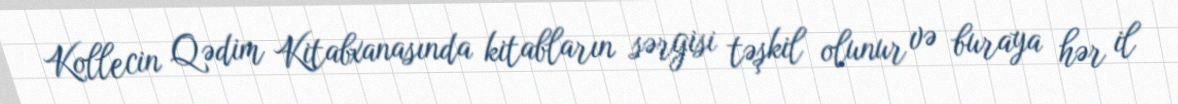
Kollecin Qədim Kitabxanasında kitabların sərgisi təşkil olunur və buraya hər il